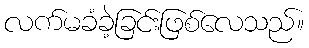
လက်မခံခဲ့ခြင်းဖြစ်လေသည်။